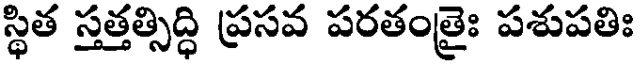
స్థిత స్తత్తత్సిద్ధి ప్రసవ పరతంత్రైః పశుపతిః